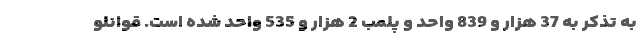
به تذکر به 37 هزار و 839 واحد و پلمب 2 هزار و 535 واحد شده است. قوانلو